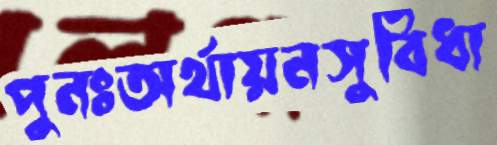
পুনঃঅর্থায়নসুবিধা